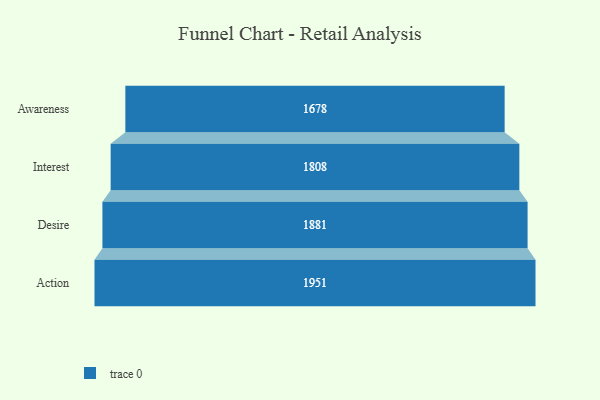
{"axis": {"x": "Stage", "y": "Value"}, "legend": [""], "data": [{"x": "Awareness", "y": 1678.0, "type": ""}, {"x": "Interest", "y": 1808.0, "type": ""}, {"x": "Desire", "y": 1881.0, "type": ""}, {"x": "Action", "y": 1951.0, "type": ""}]}